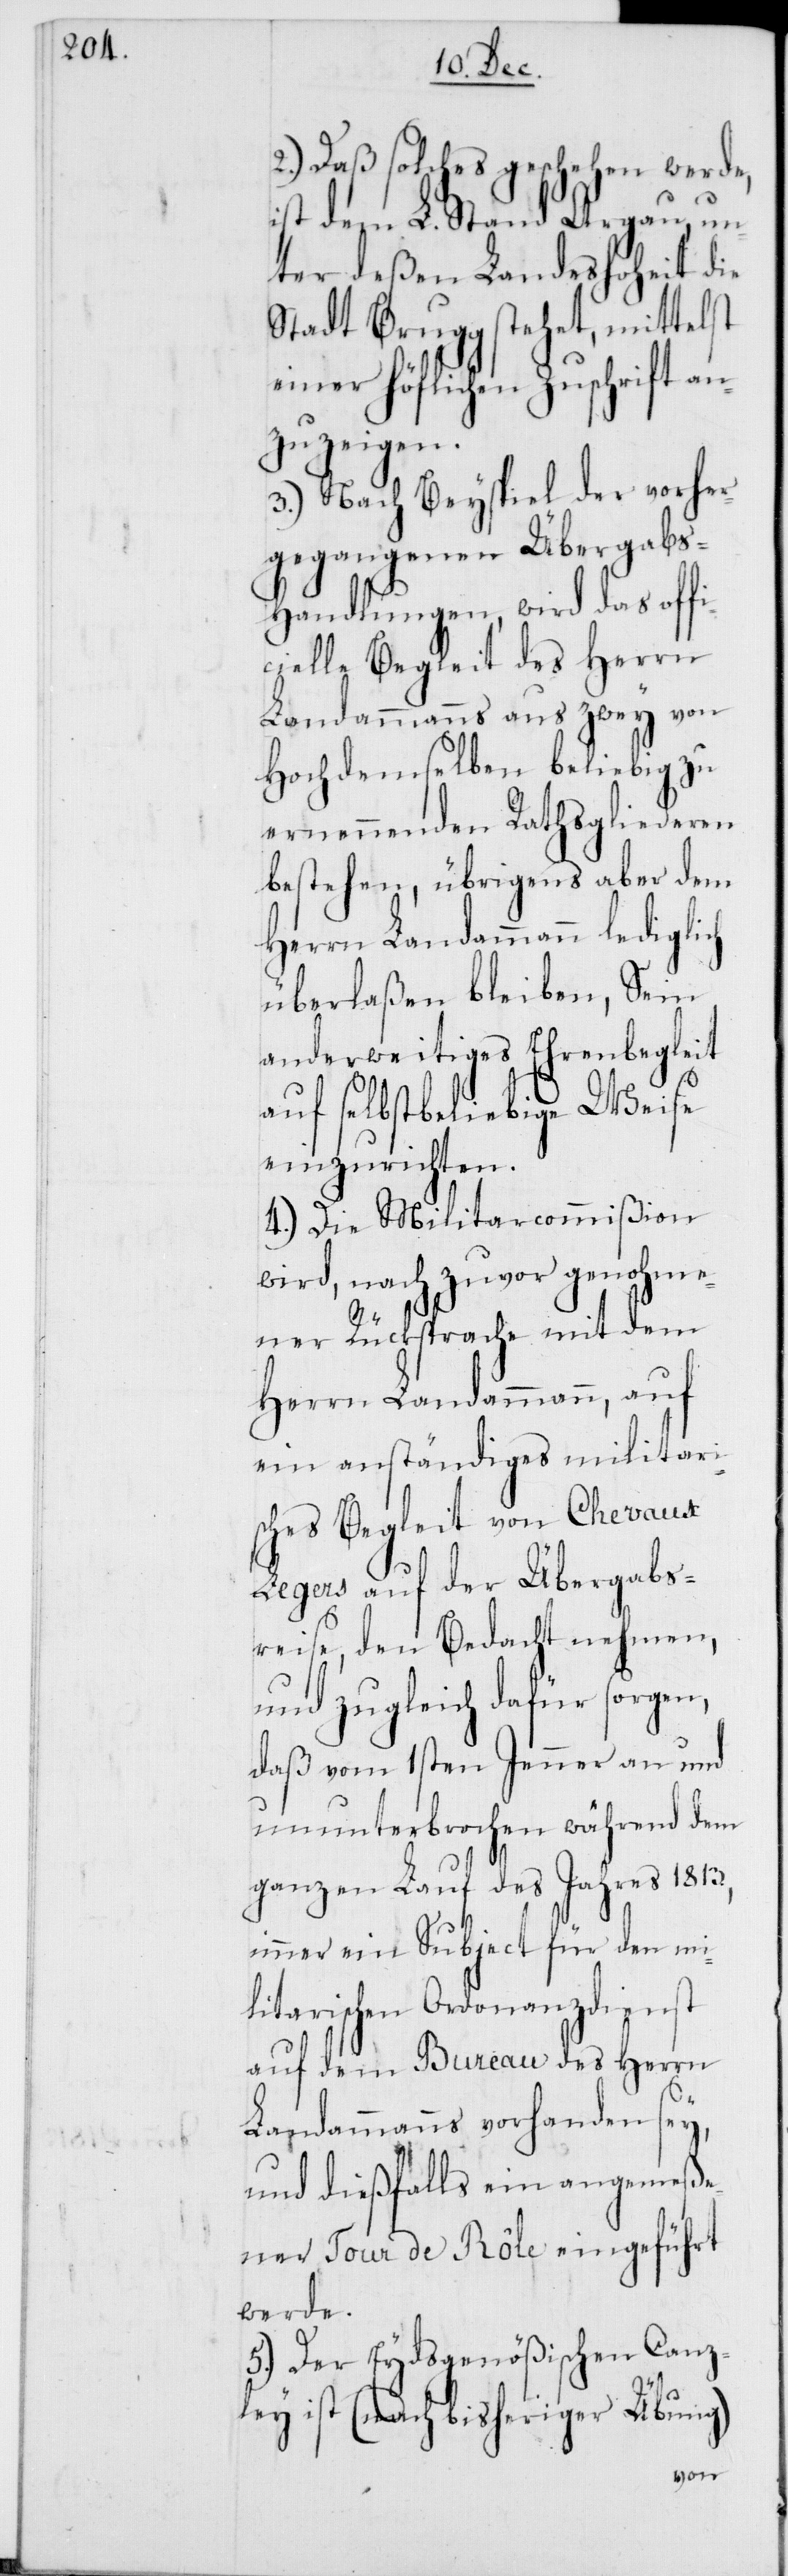
2.) Daß solches geschehen werde,
ist dem L. Stand Argau, un¬
ter deßen Landeshoheit die
Stadt Brugg stehet, mittelst
einer höflichen Zuschrift an¬
zuzeigen.
3.) Nach Beyspiel der vorher¬
gegangenen Übergab¬
s-Handlungen, wird das offi¬
cielle Begleit des Herrn
Landammanns aus zwey von
Hochdemselben beliebig zu
ernennenden Rathsgliederen
bestehen, übrigens aber dem
Herrn Landammann lediglich
überlaßen bleiben, Sein
anderweitiges Ehrenbegleit
auf selbstbeliebige Weise
einzurichten.
4.) Die Militarcommißion
wird, nach zuvor genohme¬
ner Rücksprache mit dem
Herrn Landammann, auf
ein anständiges militairi¬
sches Begleit von Chevaux
Legers auf der Übergabs¬
reise, den Bedacht nehmen,
und zugleich dafür sorgen,
daß vom 1sten Jenner an und
ununterbrochen während dem
ganzen Lauf des Jahres 1813.
immer ein Subject für den mili¬
tairischen Ordonanzdienst
auf dem Bureau des Herrn
Landammanns vorhanden sey,
und dießfalls ein angemeße¬
ner Tour de Rôle eingeführt
werde.
5.) Der Eydsgenößischen Canz¬
ley ist (nach bisheriger Übung)